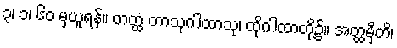
၃၊ ၁၊ ၆၀ မှယူရန်။ တတ္ထ တာသုဂါထာသု၊ ထိုဂါထာတို့၌။ အတ္ထမှီတိ၊